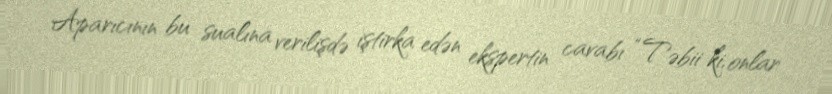
Aparıcının bu sualına verilişdə iştirka edən ekspertin cavabı “Təbii ki, onlar